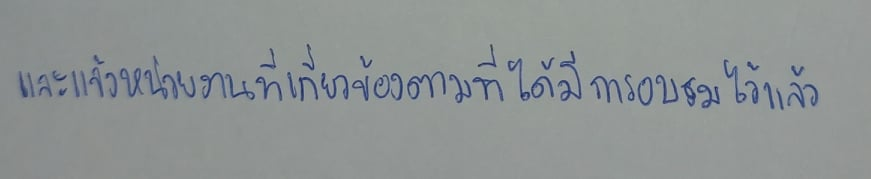
และแจ้งหน่วยงานที่เกี่ยวข้องตามที่ได้มีการอบรมไว้แล้ว